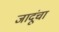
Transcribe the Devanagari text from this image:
जादूंचा